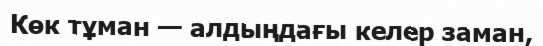
Көк тұман — алдыңдағы келер заман,